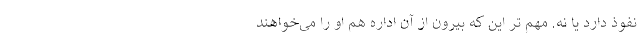
نفوذ دارد یا نه. مهم تر این که بیرون از آن اداره هم او را می‌خواهند